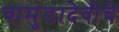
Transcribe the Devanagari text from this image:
चामुंडादेवीचे